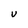
Character: U